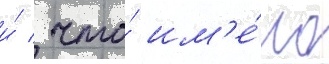
и́ / что́ им'е́ло